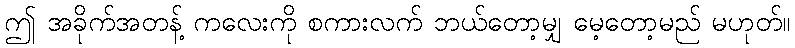
ဤ အခိုက်အတန့် ကလေးကို စကားလက် ဘယ်တော့မျှ မေ့တော့မည် မဟုတ်။